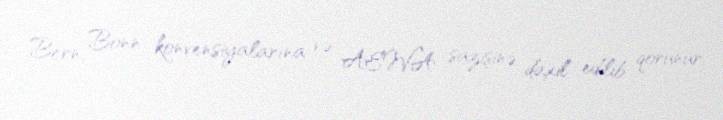
Bern, Bonn konvensiyalarına və AEWA sazişinə daxil edilib qorunur.